Annual administration report of the Bombay Presidency - 1887-1892
Year: 1887
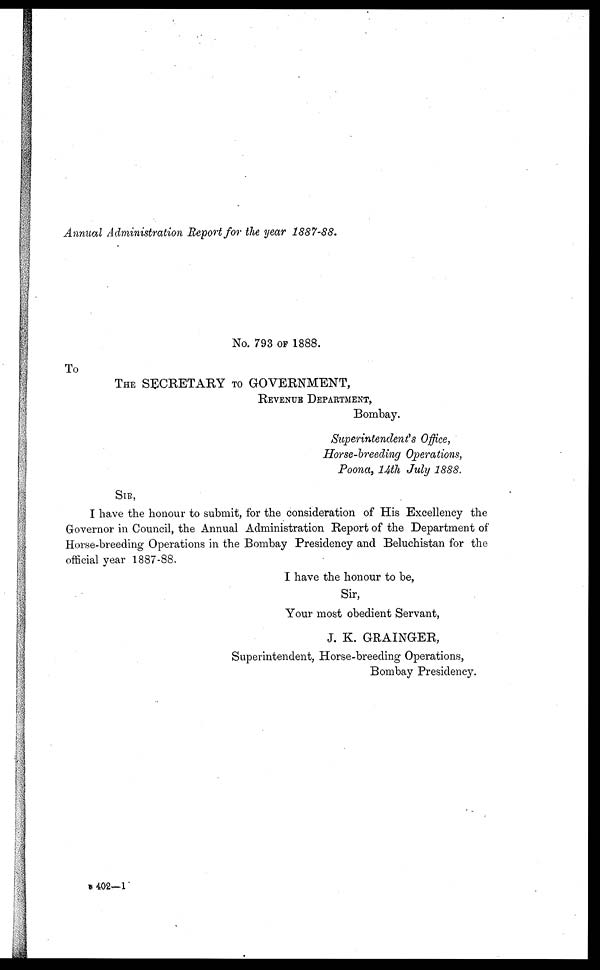
Annual Administration Report for the year 1887-88.
No. 793 OF 1888.
To
THE SECRETARY TO GOVERNMENT,
REVENUE DEPARTMENT,
Bombay.
Superintendent's Office,
Horse-breeding Operations,
Poona, 14th July 1888.
SIR,
I have the honour to submit, for the consideration of His Excellency the
Governor in Council, the Annual Administration Report of the Department of
Horse-breeding Operations in the Bombay Presidency and Beluchistan for the
official year 1887-88.
I have the honour to be,
Sir,
Your most obedient Servant,
J. K. GRAINGER,
Superintendent, Horse-breeding Operations,
Bombay Presidency.
C 402—1